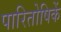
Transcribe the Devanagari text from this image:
पारितोषिकें